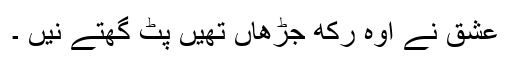
عشق نے اوہ رکھ جڑھاں تھیں پٹ گھتے نیں ۔